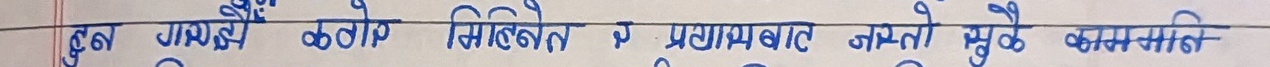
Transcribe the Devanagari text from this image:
कुन गुणहरुको प्रयोग निम्नलिखित र प्रगामीबाट जस्तो मुढे काम सोच्ने